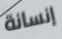
إنسانة